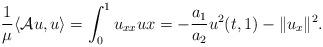
LaTeX: \begin{align*}\frac{1}{\mu}\langle \mathcal{A}u,u\rangle =\int_{0}^1u_{xx}ux= -\frac{a_1}{a_2}u^2(t,1)- \|u_x\|^2.\end{align*}